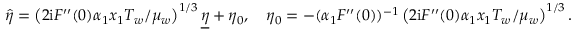
\widehat { \eta } = \left( 2 \mathrm { i } F ^ { \prime \prime } ( 0 ) \alpha _ { 1 } x _ { 1 } T _ { w } / \mu _ { w } \right) ^ { 1 / 3 } \underline { { \eta } } + \eta _ { 0 } , \quad \eta _ { 0 } = - ( \alpha _ { 1 } F ^ { \prime \prime } ( 0 ) ) ^ { - 1 } \left( 2 \mathrm { i } F ^ { \prime \prime } ( 0 ) \alpha _ { 1 } x _ { 1 } T _ { w } / \mu _ { w } \right) ^ { 1 / 3 } .